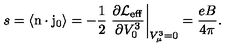
s = \langle \mathrm { \boldmath n } \cdot \mathrm { \boldmath j } _ { 0 } \rangle = - \frac { 1 } { 2 } \left. \frac { \partial \mathrm { \cal L } _ { \mathrm { e f f } } } { \partial V _ { 0 } ^ { 3 } } \right| _ { V _ { \mu } ^ { 3 } = 0 } = \frac { e B } { 4 \pi } .